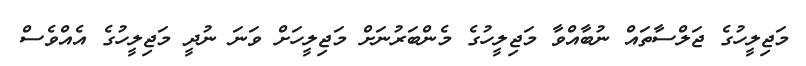
މަޖިލީހުގެ ޖަލްސާތައް ނުބާއްވާ މަޖިލީހުގެ މެންބަރުނަށް މަޖިލީހަށް ވަނަ ނުދީ މަޖިލީހުގެ އެއްވެސް